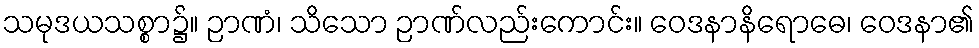
သမုဒယသစ္စာ၌။ ဉာဏံ၊ သိသော ဉာဏ်လည်းကောင်း။ ဝေဒနာနိရောဓေ၊ ဝေဒနာ၏